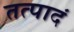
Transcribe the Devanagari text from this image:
तत्पादं